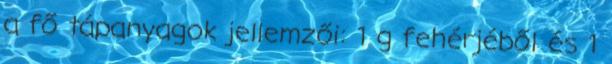
a fő tápanyagok jellemzői: 1 g fehérjéből és 1